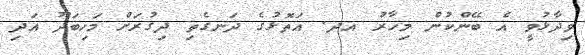
ވިދާޅުވީ އެ ބޭންކުން މިހާރު އދ. އަތޮޅުގެ ދަނގެތި ދިގުރަށް މަހިބަދޫ އަދި